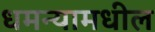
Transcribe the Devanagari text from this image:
धमन्यामधील